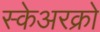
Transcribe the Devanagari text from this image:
स्केअरक्रो